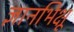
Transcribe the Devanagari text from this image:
ज्ञानभिक्षू